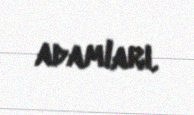
adamları.